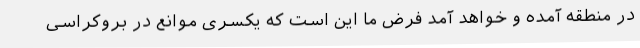
در منطقه آمده و خواهد آمد فرض ما این است که یکسری موانع در بروکراسی